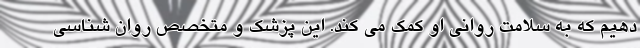
دهیم که به سلامت روانی او کمک می کند. این پزشک و متخصص روان شناسی